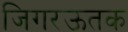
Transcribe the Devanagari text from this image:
जिगरऊतक